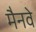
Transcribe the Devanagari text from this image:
मैनवे